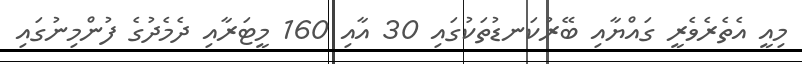
މިއީ އެތެރެވެރީ ގައްޔާއި ބޭރުކަނޑުތަކުގައި 30 އާއި 160 މީޓަރާއި ދެމެދުގެ ފުންމިނުގައި